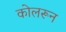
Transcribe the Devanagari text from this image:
कोलरून